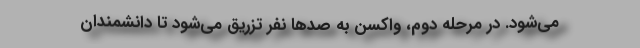
می‌شود. در مرحله دوم، واکسن به صدها نفر تزریق می‌شود تا دانشمندان